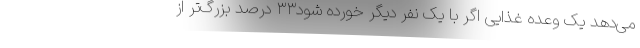
می‌دهد یک وعده غذایی اگر با یک نفر دیگر خورده شود۳۳ درصد بزرگ‌تر از